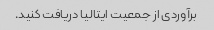
برآوردی از جمعیت ایتالیا دریافت کنید.